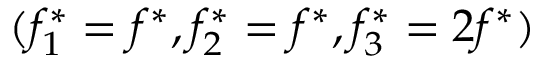
( f _ { 1 } ^ { * } = f ^ { * } , f _ { 2 } ^ { * } = f ^ { * } , f _ { 3 } ^ { * } = 2 f ^ { * } )